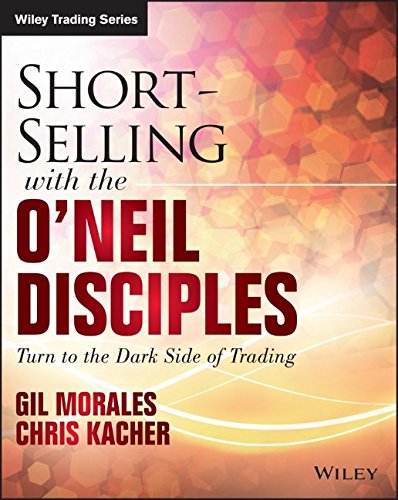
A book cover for Short-Selling with the O'Neil Disciples: Turn to the Dark Side of Trading (Wiley Trading); Gil Morales; Business & Money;